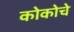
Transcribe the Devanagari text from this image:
कोकोचे